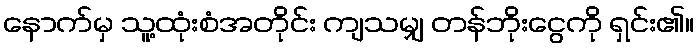
နောက်မှ သူ့ထုံးစံအတိုင်း ကျသမျှ တန်ဘိုးငွေကို ရှင်း၏။